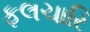
ફલચારિ